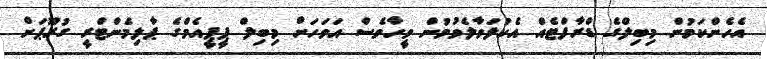
އެހެންކަމުން މިބިލްގެ ޑްރާފްޓެއް އެކުލަވާލެވުމުން ވީހާވެސް އަވަހަށް މިބިލް ޕީޕީއެމްގެ ޕާލިމެންޓްރީ ގުރޫޕަށް